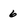
Character: 6